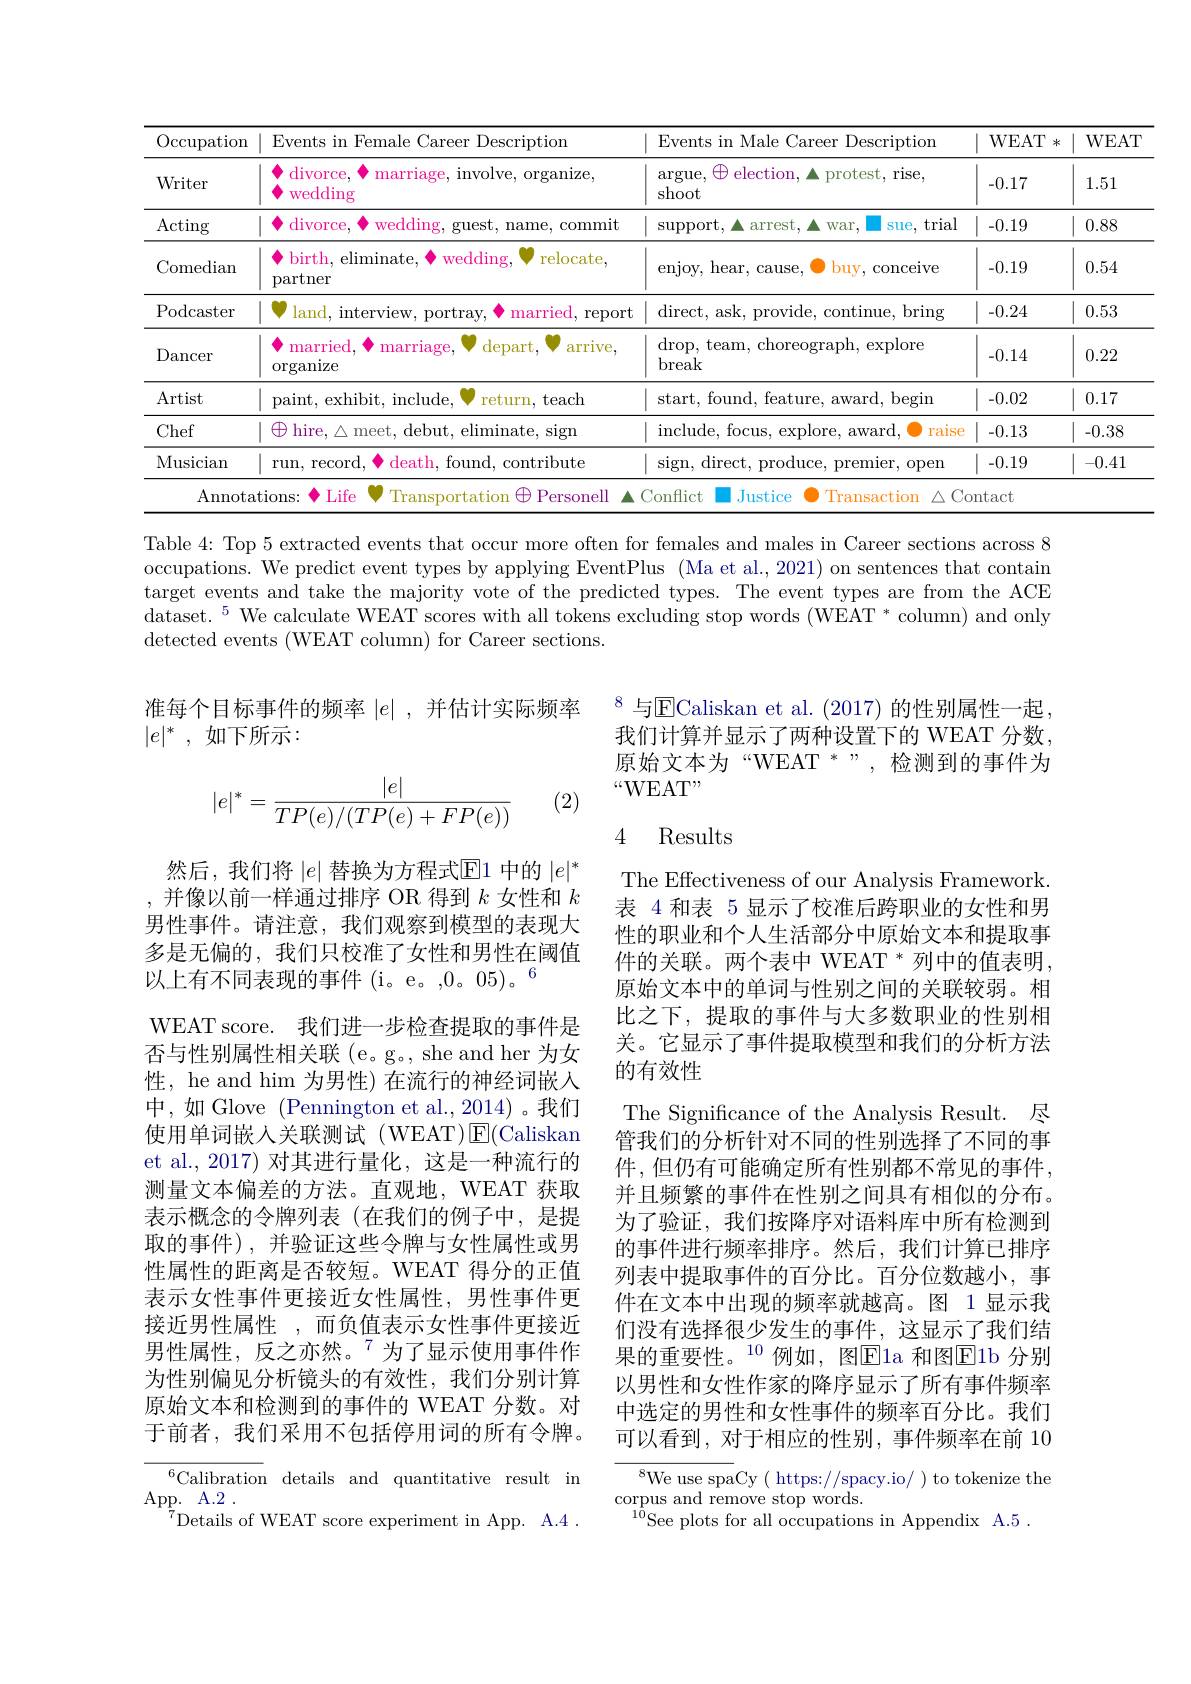
<table>
	<tbody>
		<tr>
			<th>$\operatorname{Occupation}$</th>
			<th>Events in Female Career Description</th>
			<th>Events in Male Career Description</th>
			<th>WEAT $氺$</th>
			<th>WEAT</th>
		</tr>
		<tr>
			<td>${\mathrm{Writer}}$</td>
			<td>divorce, marriage, involve, organize wedding</td>
			<td>$\oplus$ election, $\operatorname{argue}$, protest, rise, shoot</td>
			<td>-0.17</td>
			<td>1.51</td>
		</tr>
		<tr>
			<td>Acting</td>
			<td>divorce, wedding, guest, name, commit</td>
			<td>$\operatorname{support}$, arrest War, Sue, trial</td>
			<td>-0.19 1 12</td>
			<td>0.88</td>
		</tr>
		<tr>
			<td>Comedian</td>
			<td>wedding, birth, eliminate, relocate, partner</td>
			<td>buy, conceive enjoy, hear, cause,</td>
			<td>-0.19</td>
			<td>0.54</td>
		</tr>
		<tr>
			<td>Podcaster</td>
			<td>land, interview, portray, ${\mathrm{married,~report}}$</td>
			<td>direct, ask, provide, continue, bring</td>
			<td>-0.24</td>
			<td>0.53</td>
		</tr>
		<tr>
			<td>$D;$ ancer</td>
			<td>married. marriage, $\operatorname{depart}.$ arrive, organize</td>
			<td>$\operatorname{drop,~team,~choreograph,~explore}$ break</td>
			<td>-0.14</td>
			<td>0.22</td>
		</tr>
		<tr>
			<td>Artist</td>
			<td>paint, exhibit, include. return, teach</td>
			<td>start, found, feature, award, begin</td>
			<td>-0.02</td>
			<td>0.17</td>
		</tr>
		<tr>
			<td>Chef</td>
			<td>$\oplus$ hire, $\triangle$ meet, debut, eliminate, sign</td>
			<td>include, focus, explore, award, raise</td>
			<td>-0.13</td>
			<td>-0.38</td>
		</tr>
		<tr>
			<td>Musician</td>
			<td>death, found, contribute run, record</td>
			<td>sign, direct, produce, premier, open</td>
			<td>-0.19</td>
			<td>-0.41</td>
		</tr>
	</tbody>
</table>

Table 4: Top 5 extracted events that occur more often for females and males in Career sections across 8 occupations. We predict event types by applying EventPlus (Ma et al., 2021) on sentences that contain target events and take the majority vote of the predicted types. The event types are from the ACE dataset.$^5$ We calculate WEAT scores with all tokens excluding stop words (WEAT * column) and only detected events (WEAT column) for Career sections.

准每个目标事件的频率$|e|$ ,并估计实际频率
$|e|^*$,如下所示：

$^{8}$ 与$\mathbb{E}$Caliskan et al. (2017) 的性别属性一起， 我们计算并显示了两种设置下的 WEAT 分数， 原始文本为“WEAT *”,检测到的事件为$“WEAT”$
$$|e|^*=\frac{|e|}{TP(e)/(TP(e)+FP(e))}$$
(2)

### 4 Results

然后，我们将$|e|$替换为方程式$\mathbb{E}$1 中的$|e|^*$ 并像以前一样通过排序 OR 得到$k$女性和$k$ 男性事件。请注意，我们观察到模型的表现大多是无偏的，我们只校准了女性和男性在阈值$以上有不同表现的事件(i。e。,0。05)。^{6}$
WEAT score. 我们进一步检查提取的事件是否与性别属性相关联 (e。g。, she and her 为女性，he and him 为男性) 在流行的神经词嵌入中，如 Glove (Pennington et al.,2014)。我们使用单词嵌人关联测试(WEAT)$\operatorname{E}($Caliskan et al., 2017) 对其进行量化，这是一种流行的测量文本偏差的方法。直观地，WEAT 获取表示概念的令牌列表(在我们的例子中，是提取的事件),并验证这些令牌与女性属性或男性属性的距离是否较短。WEAT 得分的正值表示女性事件更接近女性属性，男性事件更接近男性属性 ,而负值表示女性事件更接近男性属性，反之亦然。$^{7}$为了显示使用事件作为性别偏见分析镜头的有效性，我们分别计算原始文本和检测到的事件的 WEAT 分数。对于前者，我们采用不包括停用词的所有令牌。

The Effectiveness of our Analysis Framework. 表 4 和表 5 显示了校准后跨职业的女性和男性的职业和个人生活部分中原始文本和提取事件的关联。两个表中 WEAT * 列中的值表明， 原始文本中的单词与性别之间的关联较弱。相比之下，提取的事件与大多数职业的性别相关。它显示了事件提取模型和我们的分析方法的有效性
The Significance of the Analysis Result. 尽管我们的分析针对不同的性别选择了不同的事件，但仍有可能确定所有性别都不常见的事件， 并且频繁的事件在性别之间具有相似的分布。为了验证，我们按降序对语料库中所有检测到的事件进行频率排序。然后，我们计算已排序列表中提取事件的百分比。百分位数越小，事件在文本中出现的频率就越高。图 1 显示我们没有选择很少发生的事件，这显示了我们结果的重要性。$^{10}$例如，图E1a和图E1b 分别以男性和女性作家的降序显示了所有事件频率中选定的男性和女性事件的频率百分比。我们可以看到，对于相应的性别，事件频率在前 10

${^{6}\text{Calibration}}$ details and quantitative result in
$\operatorname { \mathrm{App. }} _{7_{\mathrm{P} }}$ $\operatorname { \mathrm{A. 2}}$ .
$^{7}$Details of WEAT score experiment in App. A.4.

$^{8}$We use spaCy ( https://spacy.io/ ) to tokenize the
corpus and remove stop words.
$^{10}$See plots for all occupations in Appendix A.5.